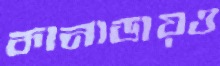
কানাডায়ও